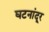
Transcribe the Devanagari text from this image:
घटनांदूर